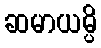
ဆမာယမ္ပိ